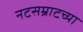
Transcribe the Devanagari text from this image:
नटसम्राटच्या